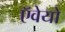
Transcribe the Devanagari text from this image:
ऍवेयो